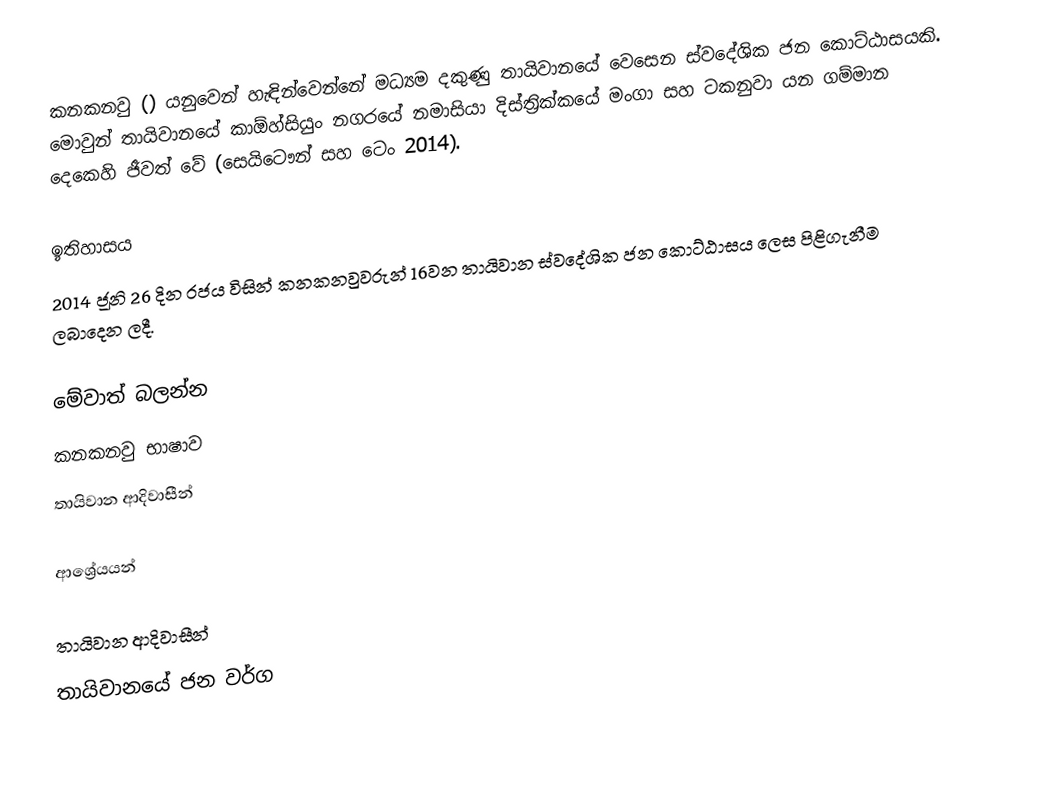
කනකනවු () යනුවෙන් හැඳින්වෙන්නේ මධ්‍යම දකුණු තායිවානයේ වෙසෙන ස්වදේශික ජන කොට්ඨාසයකි. මොවුන් තායිවානයේ කාඕහ්සියුං  නගරයේ නමාසියා දිස්ත්‍රික්කයේ මංගා සහ ටකනුවා යන ගම්මාන දෙකෙහි ජීවත් වේ (සෙයිටෞන් සහ ටෙං 2014).

ඉතිහාසය
2014 ජූනි 26 දින රජය විසින් කනකනවුවරුන් 16වන තායිවාන ස්වදේශික ජන කොට්ඨාසය ලෙස පිළිගැනීම ලබාදෙන ලදී.

මේවාත් බලන්න
කනකනවු භාෂාව
තායිවාන ආදිවාසීන්

ආශ්‍රේයයන්

තායිවාන ආදිවාසීන්
තායිවානයේ ජන වර්ග